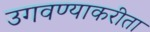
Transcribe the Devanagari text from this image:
उगवण्याकरीता